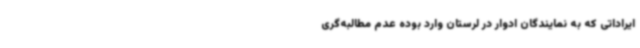
ایراداتی که به نمایندگان ادوار در لرستان وارد بوده عدم مطالبه‌گری